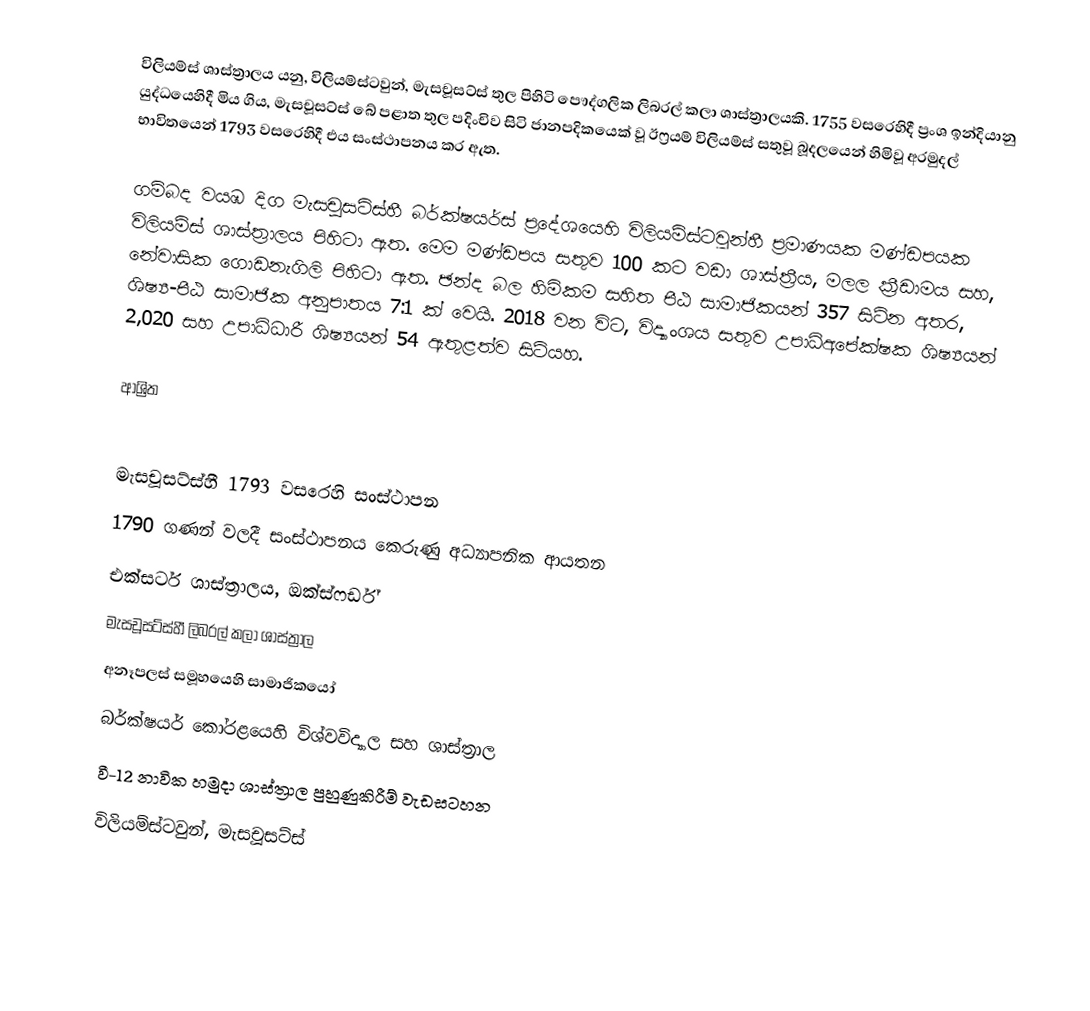
විලියම්ස් ශාස්ත්‍රාලය යනු,  විලියම්ස්ටවුන්, මැසචූසට්ස් තුල පිහිටි පෞද්ගලික ලිබරල් කලා ශාස්ත්‍රාලයකි. 1755 වසරෙහිදී ප්‍රංශ ඉන්දියානු යුද්ධයෙහිදී මිය ගිය, මැසචූසට්ස් බේ පළාත තුල පදිංචිව සිටි ජානපදිකයෙක් වූ ඊෆ්‍රයම් විලියම්ස් සතුවූ බූදලයෙන් හිමිවූ අරමුදල් භාවිතයෙන් 1793 වසරෙහිදී එය සංස්ථාපනය කර ඇත.

ගම්බද වයඹ දිග මැසචූසට්ස්හී බර්ක්ෂයර්ස් ප්‍රදේශයෙහි විලියම්ස්ටවුන්හී  ප්‍රමාණයක මණ්ඩපයක විලියම්ස් ශාස්ත්‍රාලය පිහිටා ඇත. මෙම මණ්ඩපය සතුව  100 කට වඩා ශාස්ත්‍රීය, මලල ක්‍රීඩාමය සහ, නේවාසික ගොඩනැගිලි පිහිටා ඇත. ඡන්ද බල හිමිකම සහිත පීඨ සාමාජිකයන් 357 සිටින අතර, ශිෂ්‍ය-පීඨ සාමාජික අනුපාතය 7:1 ක් වෙයි. 2018 වන විට, විද්‍යාංශය සතුව  උපාධිඅපේක්ෂක ශිෂ්‍යයන් 2,020 සහ උපාධිධාරී ශිෂ්‍යයන් 54 ඇතුළත්ව සිටියහ.

ආශ්‍රිත

 මැසචූසට්ස්හී 1793 වසරෙහි සංස්ථාපන
 1790 ගණන් වලදී සංස්ථාපනය කෙරුණු අධ්‍යාපනික ආයතන
එක්සටර් ශාස්ත්‍රාලය, ඔක්ස්ෆර්ඩ්
මැසචූසට්ස්හී ලිබරල් කලා ශාස්ත්‍රාල
 අනෑපලස් සමූහයෙහි සාමාජිකයෝ
 බර්ක්ෂයර් කෝරළයෙහි විශ්වවිද්‍යාල සහ ශාස්ත්‍රාල
වී-12 නාවික හමුදා ශාස්ත්‍රාල  පුහුණුකිරීම් වැඩසටහන
විලියම්ස්ටවුන්, මැසචූසට්ස්